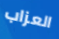
العزاب